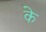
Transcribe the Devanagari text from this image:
के